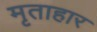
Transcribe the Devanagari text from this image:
मृताहार